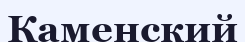
Каменский